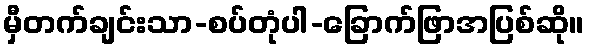
မှီတက်ချင်းသာ-စပ်တုံပါ-ခြောက်ဖြာအပြစ်ဆို။